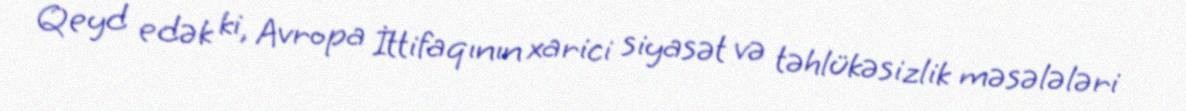
Qeyd edək ki, Avropa İttifaqının xarici siyasət və təhlükəsizlik məsələləri